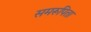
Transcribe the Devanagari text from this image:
समरूपिता